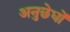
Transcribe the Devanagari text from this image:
अनुछेधों